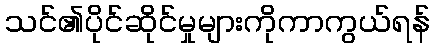
သင်၏ပိုင်ဆိုင်မှုများကိုကာကွယ်ရန်